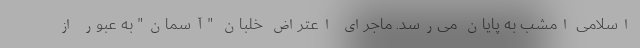
اسلامی امشب به پایان می‌رسد. ماجرای اعتراض خلبان "آسمان" به عبور از